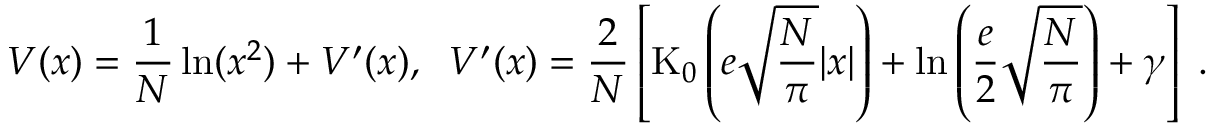
V ( x ) = \frac { 1 } { N } \ln ( x ^ { 2 } ) + V ^ { \prime } ( x ) , \; \; V ^ { \prime } ( x ) = \frac { 2 } { N } \left[ \mathrm { K } _ { 0 } \left( e \sqrt { \frac { N } { \pi } } | x | \right) + \ln \left( \frac { e } { 2 } \sqrt { \frac { N } { \pi } } \right) + \gamma \right] \; .